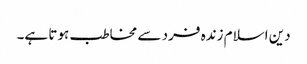
دین اسلام زندہ فرد سے مخاطب ہوتا ہے۔